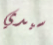
سيدي